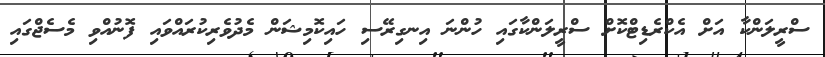
ސްރީލަންކާ އަށް އެކްރެޑިޓްކޮށް ސްރީލަންކާގައި ހުންނަ އިނގިރޭސި ހައިކޮމިޝަން މެދުވެރިކުރައްވައި ފޮނުއްވި މެސެޖްގައި